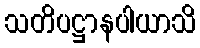
သတိပဋ္ဌာနပါယာသိ